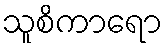
သူစိကာရော